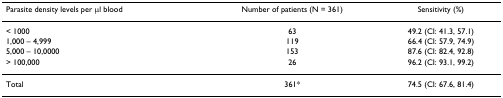
<table><thead><tr><td><b>Parasite density levels per μl blood</b></td><td><b>Number of patients (N = 361)</b></td><td><b>Sensitivity (%)</b></td></tr></thead><tbody><tr><td>&lt; 1000</td><td>63</td><td>49.2 (CI: 41.3, 57.1)</td></tr><tr><td>1,000 – 4,999</td><td>119</td><td>66.4 (CI: 57.9, 74.9)</td></tr><tr><td>5,000 – 10,0000</td><td>153</td><td>87.6 (CI: 82.4, 92.8)</td></tr><tr><td>&gt; 100,000</td><td>26</td><td>96.2 (CI: 93.1, 99.2)</td></tr><tr><td>Total</td><td>361*</td><td>74.5 (CI: 67.6, 81.4)</td></tr></tbody></table>